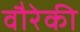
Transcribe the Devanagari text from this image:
वौरेकी